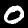
Digit: 0